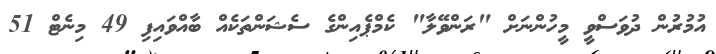
އުމުރުން ދުވަސްވީ މީހުންނަށް "ރަންވޭލާ" ކެމްޕެއިންގެ ސެޝަންތަކެއް ބާއްވައިފި 49 މިނެޓް 51